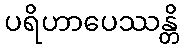
ပရိဟာပေဿန္တိ